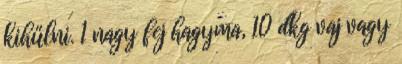
kihűlni. 1 nagy fej hagyma, 10 dkg vaj vagy